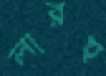
লারহু